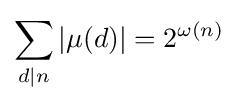
\sum _{d\mid n}|\mu (d)|=2^{\omega (n)}